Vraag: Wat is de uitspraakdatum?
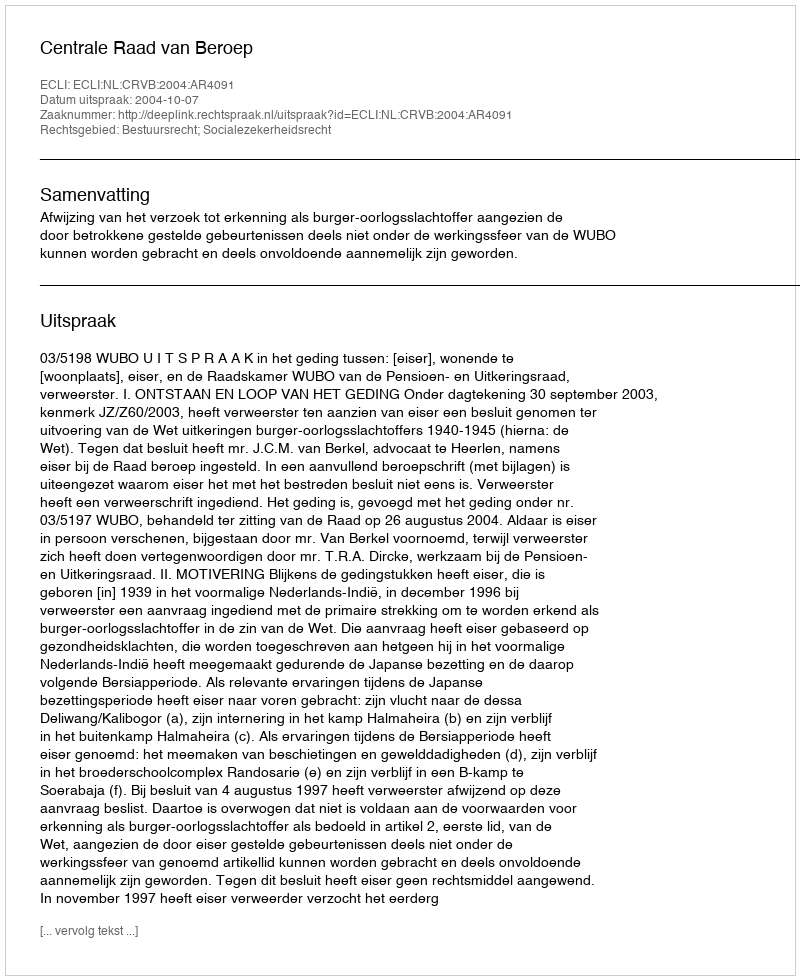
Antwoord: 2004-10-07